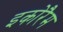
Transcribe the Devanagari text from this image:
इकोरैम